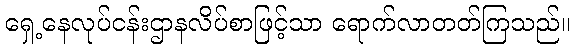
ရှေ့နေလုပ်ငန်းဌာနလိပ်စာဖြင့်သာ ရောက်လာတတ်ကြသည်။